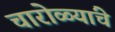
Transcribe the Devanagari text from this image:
चारोळ्यांचे